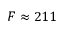
F \approx 2 1 1